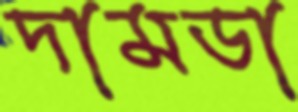
দামডা